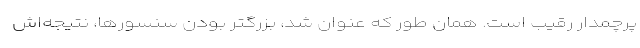
پرچمدار رقیب است. همان طور که عنوان شد، بزرگتر بودن سنسورها، نتیجه‌اش